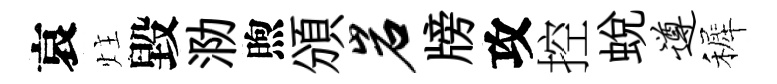
哀炷毀泐煦頒岩牓攻控蛻遵裤